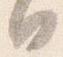
日